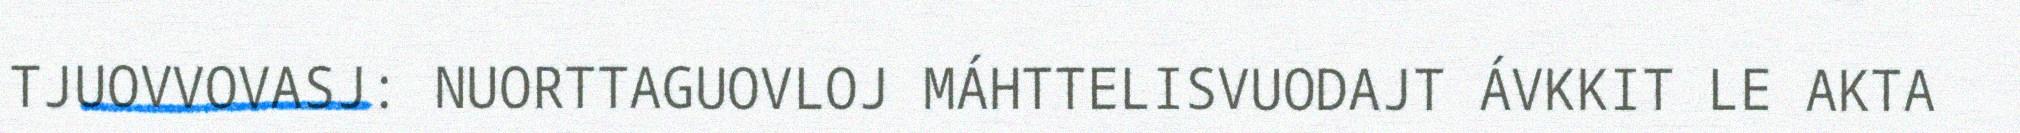
TJUOVVOVASJ: NUORTTAGUOVLOJ MÁHTTELISVUODAJT ÁVKKIT LE AKTA